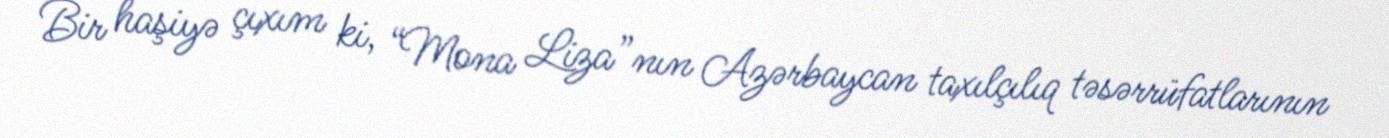
Bir haşiyə çıxım ki, “Mona Liza”nın Azərbaycan taxılçılıq təsərrüfatlarının